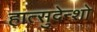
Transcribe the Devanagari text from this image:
हात्सुदेन्शो